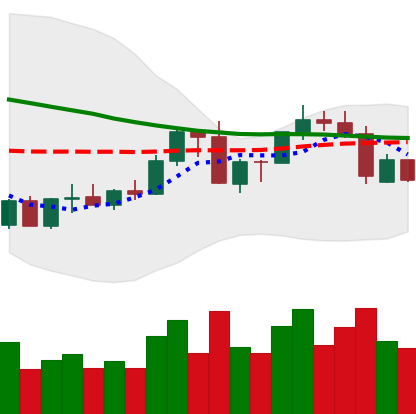
Ticker: ADA-USD
Chart end date: 2022-09-15
Forward return: -5.099%
Label: down_5_7